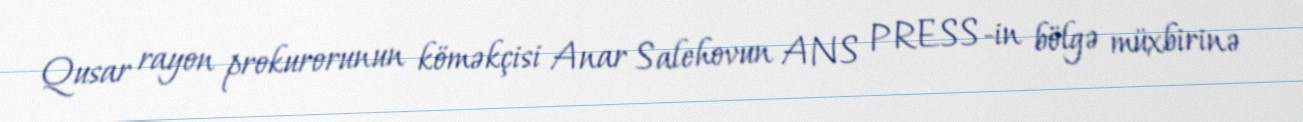
Qusar rayon prokurorunun köməkçisi Anar Salehovun ANS PRESS-in bölgə müxbirinə